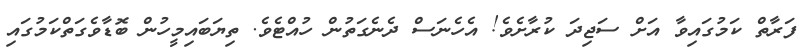
ފަރާތް ކަމުގައިވާ އަށް ސަޖިދަ ކުރާށެވެ! އެހެނަސް ދެނެގަތުން ހުއްޓެވެ. ތިޔަބައިމީހުން ބޮޑާވެގަތްކަމުގައި